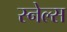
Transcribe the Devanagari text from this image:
स्नेल्स